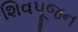
શિવપૂજન